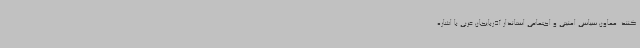
کنند. معاون سیاسی امنیتی و اجتماعی استاندار آذربایجان غربی با اشاره